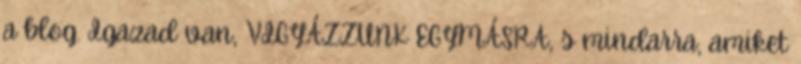
a blog. Igazad van, VIGYÁZZUNK EGYMÁSRA, s mindarra, amiket